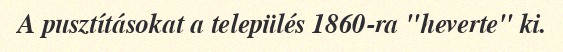
A pusztításokat a település 1860-ra "heverte" ki.